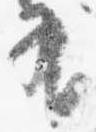
有